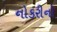
નોકરીનો